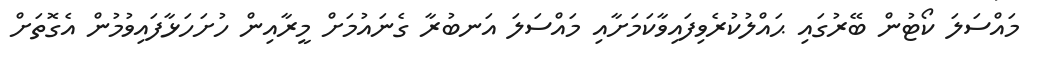
މައްސަލަ ކޯޓުން ބޭރުގައި ޙައްލުކުރެވިފައިވާކަމަށާއި މައްސަލަ އަނބުރާ ގެނައުމަށް މީރާއިން ހުށަހަޅާފައިވުމުން އެގޮތަށް